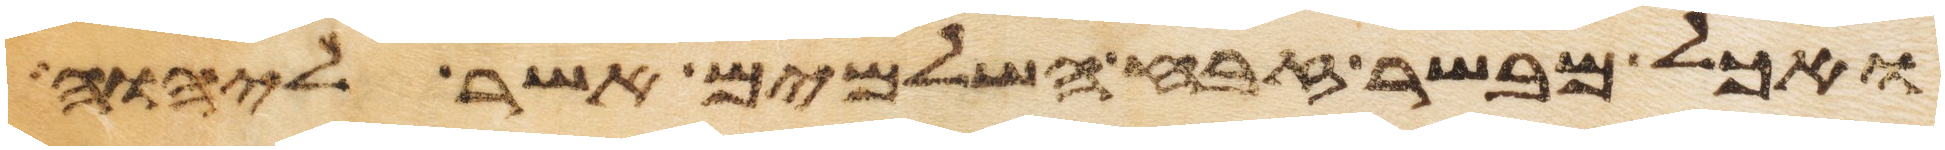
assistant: ואכל מבשר זבח השלמים אשר ליהוה